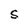
Character: S